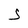
Character: S